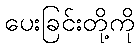
ပေးခြင်းတို့ကို